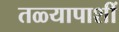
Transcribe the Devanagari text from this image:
तळ्यापाशीं